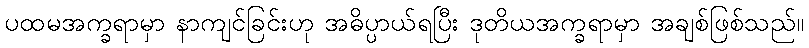
ပထမအက္ခရာမှာ နာကျင်ခြင်းဟု အဓိပ္ပာယ်ရပြီး ဒုတိယအက္ခရာမှာ အချစ်ဖြစ်သည်။